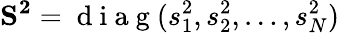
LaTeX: \mathbf{S^{2}}=\mathbf{\mathrm{~d~i~a~g~}}(s_{1}^{2},s_{2}^{2},\ldots,s_{N}^{2})